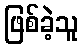
ဖြစ်ခဲ့သူ